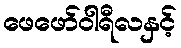
ဖေဖော်ဝါရီလနှင့်